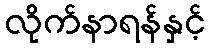
လိုက်နာရန်နှင့်